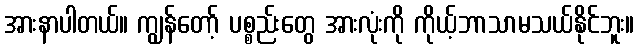
အားနာပါတယ်။ ကျွန်တော့် ပစ္စည်းတွေ အားလုံးကို ကိုယ့်ဘာသာမသယ်နိုင်ဘူး။